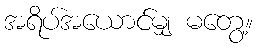
အရိပ်အယောင်မျှ မတွေ့။